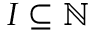
I \subseteq \mathbb { N }